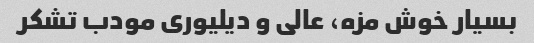
بسیار خوش مزه، عالی و دیلیوری مودب تشکر